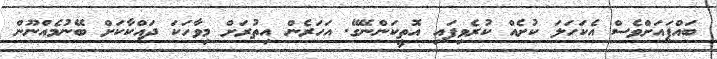
ބައްޕައަށްވެސް އެކަހަލަ ކުށެއް ކުރެވިފައި އޮތީކަންނޭގޭ. އަހަރެން އިތުރަށް މިވާހަކަ ދައްކާކަށް ބޭނުމެއްނޫން